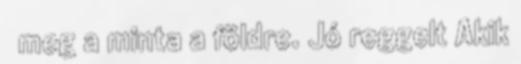
meg a minta a földre. Jó reggelt Akik